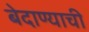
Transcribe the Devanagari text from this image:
बेदाण्याची